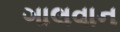
ગાલવાન